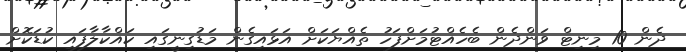
ދެން 10 މިނިޓް ވަންދެން ބެހެއްޓުމަށްފަހު ތެއްޔަކަށް އަޅައިގެން މަޑުގިނީގައި ކައްކާލާފައި ކުޑަކޮށް